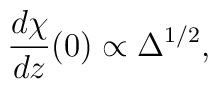
\frac{d\chi}{dz}(0) \propto \Delta^{1/2},